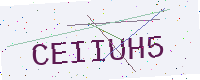
Text: CEIIUH5